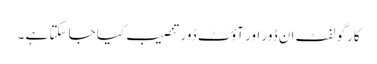
کارگو لفٹ ان ڈور اور آؤٹ ڈور تنصیب کیا جا سکتا ہے ۔